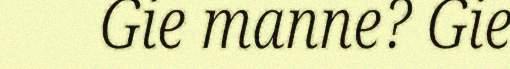
Gie manne? Gie